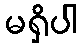
မရှိပါ